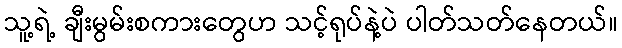
သူ့ရဲ့ ချီးမွမ်းစကားတွေဟ သင့်ရုပ်နဲ့ပဲ ပါတ်သတ်နေတယ်။